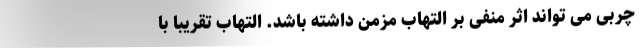
چربی می تواند اثر منفی بر التهاب مزمن داشته باشد. التهاب تقریبا با